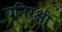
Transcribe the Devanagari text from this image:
बतिरक्षी